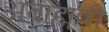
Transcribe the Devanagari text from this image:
अब्राह्मणी